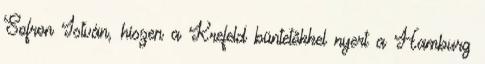
Sofron István, hiszen a Krefeld büntetőkkel nyert a Hamburg